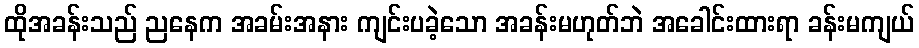
ထိုအခန်းသည် ညနေက အခမ်းအနား ကျင်းပခဲ့သော အခန်းမဟုတ်ဘဲ အခေါင်းထားရာ ခန်းမကျယ်